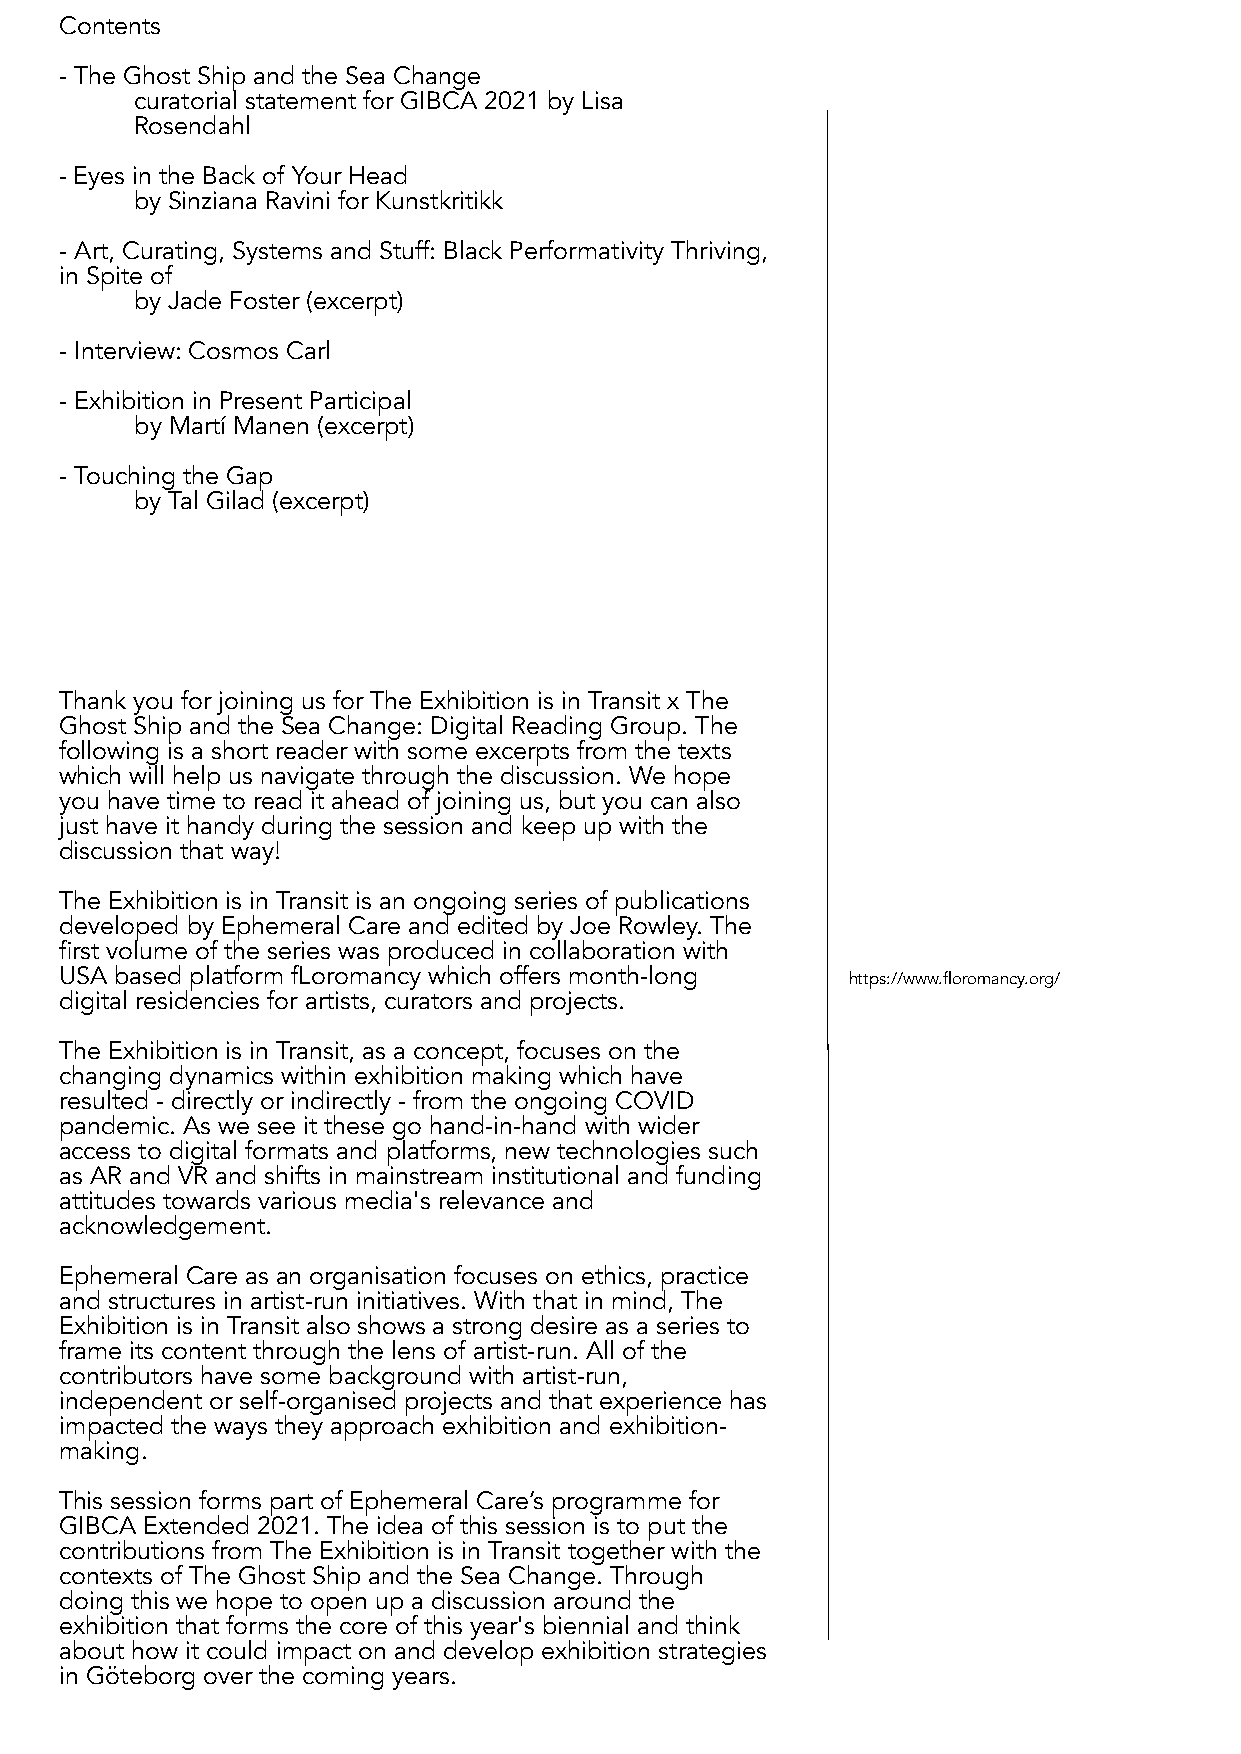
Contents
 - The Ghost Ship and the Sea Change
 curatorial statement for GIBCA 2021 by Lisa
 Rosendahl
 - Eyes in the Back of Your Head
 by Sinziana Ravini for Kunstkritikk
 - Art, Curating, Systems and Stuff: Black Performativity Thriving,
 in Spite of
 by Jade Foster (excerpt)
 - Interview: Cosmos Carl
 - Exhibition in Present Participal
 by Martí Manen (excerpt)
 - Touching the Gap
 by Tal Gilad (excerpt)
 Thank you for joining us for The Exhibition is in Transit x The
 Ghost Ship and the Sea Change: Digital Reading Group. The
 following is a short reader with some excerpts from the texts
 which will help us navigate through the discussion. We hope
 you have time to read it ahead of joining us, but you can also
 just have it handy during the session and keep up with the
 discussion that way!
 The Exhibition is in Transit is an ongoing series of publications
 developed by Ephemeral Care and edited by Joe Rowley. The
 first volume of the series was produced in collaboration with
 USA based platform fLoromancy which offers month-long https://www.floromancy.org/
 digital residencies for artists, curators and projects.
 The Exhibition is in Transit, as a concept, focuses on the
 changing dynamics within exhibition making which have
 resulted - directly or indirectly - from the ongoing COVID
 pandemic. As we see it these go hand-in-hand with wider
 access to digital formats and platforms, new technologies such
 as AR and VR and shifts in mainstream institutional and funding
 attitudes towards various media's relevance and
 acknowledgement.
 Ephemeral Care as an organisation focuses on ethics, practice
 and structures in artist-run initiatives. With that in mind, The
 Exhibition is in Transit also shows a strong desire as a series to
 frame its content through the lens of artist-run. All of the
 contributors have some background with artist-run,
 independent or self-organised projects and that experience has
 impacted the ways they approach exhibition and exhibition-
 making.
 This session forms part of Ephemeral Care’s programme for
 GIBCA Extended 2021. The idea of this session is to put the
 contributions from The Exhibition is in Transit together with the
 contexts of The Ghost Ship and the Sea Change. Through
 doing this we hope to open up a discussion around the
 exhibition that forms the core of this year's biennial and think
 about how it could impact on and develop exhibition strategies
 in Göteborg over the coming years.